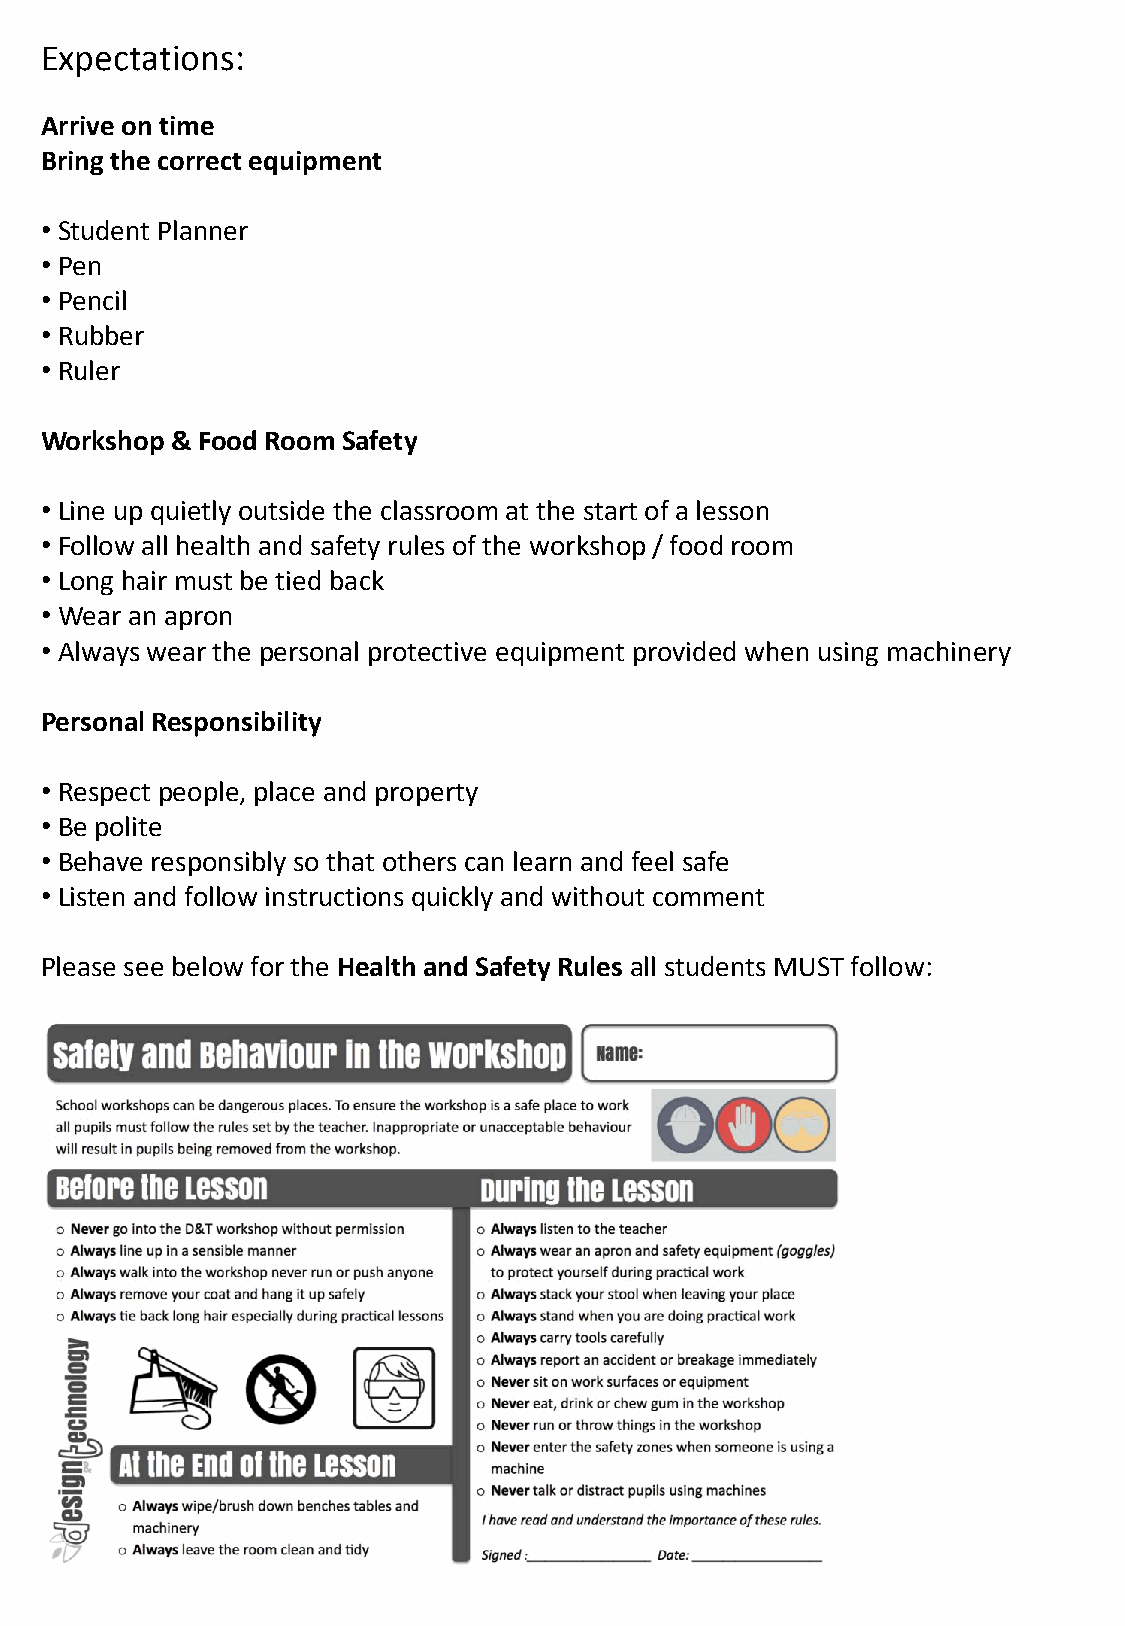
Expectations:
 Arrive on time
 Bring the correct equipment
 • Student Planner
 • Pen
 • Pencil
 • Rubber
 • Ruler
 Workshop & Food Room Safety
 • Line up quietly outside the classroom at the start of a lesson
 • Follow all health and safety rules of the workshop / food room
 • Long hair must be tied back
 • Wear an apron
 • Always wear the personal protective equipment provided when using machinery
 Personal Responsibility
 • Respect people, place and property
 • Be polite
 • Behave responsibly so that others can learn and feel safe
 • Listen and follow instructions quickly and without comment
 Please see below for the Health and Safety Rules all students MUST follow: